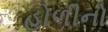
હોળીનો